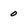
Character: 0